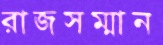
রাজসম্মান